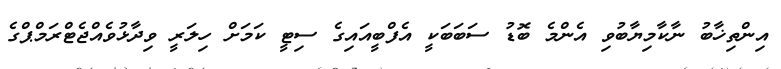
އިންތިޚާބު ނާކާމިޔާބުވި އެންމެ ބޮޑު ސަބަބަކީ އެފްބީއައިގެ ސިޓީ ކަމަށް ހިލަރީ ވިދާޅުވެއްޖެޓްރަމްޕްގެ